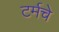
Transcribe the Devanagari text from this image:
टर्मचे